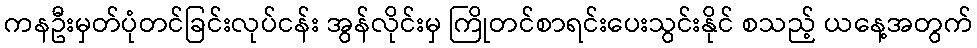
ကနဦးမှတ်ပုံတင်ခြင်းလုပ်ငန်း အွန်လိုင်းမှ ကြိုတင်စာရင်းပေးသွင်းနိုင် စသည့် ယနေ့အတွက်